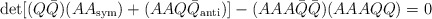
\begin{align*}\det[(Q{\bar Q})(AA_{\rm sym})+(AAQ{\bar Q}_{\rm anti})]-(AAA{\bar Q}{\bar Q})( AAAQQ)=0\end{align*}